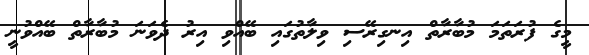
މީގެ ފުރަތަމަ މުބާރާތް އިނގިރޭސި ވިލާތުގައި ބޭއްވި އިރު ދެވަނަ މުބާރާތް ބޭއްވުނީ